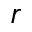
r